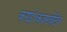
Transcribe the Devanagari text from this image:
कराई।कंज़रवेटिव